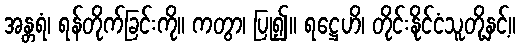
အန္တရံ၊ ရန်တိုက်ခြင်းကို။ ကတွာ၊ ပြု၍။ ရဋ္ဌေဟိ၊ တိုင်းနိုင်ငံသူတို့နှင့်။